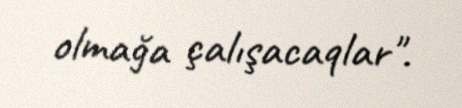
olmağa çalışacaqlar".